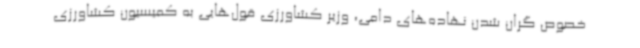
خصوص گران شدن نهاده‌های دامی، وزیر کشاورزی قول‌هایی به کمیسیون کشاورزی